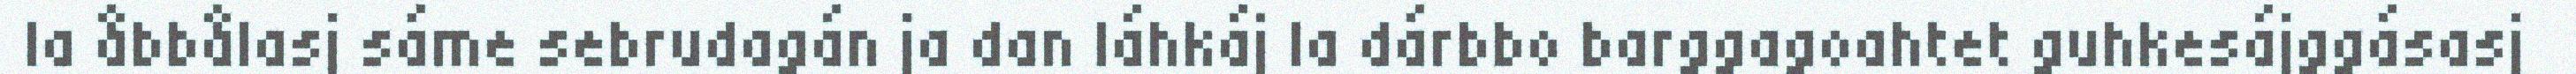
la åbbålasj sáme sebrudagán ja dan láhkáj la dárbbo barggagoahtet guhkesájggásasj